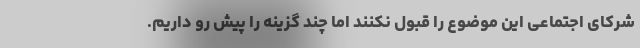
شرکای اجتماعی این موضوع را قبول نکنند اما چند گزینه را پیش رو داریم.